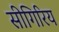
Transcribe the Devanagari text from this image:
सीगिरिय